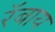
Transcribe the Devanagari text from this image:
रॅबाय